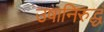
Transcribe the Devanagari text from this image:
उषानिरुद्धं